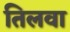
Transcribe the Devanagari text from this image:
तिलवा